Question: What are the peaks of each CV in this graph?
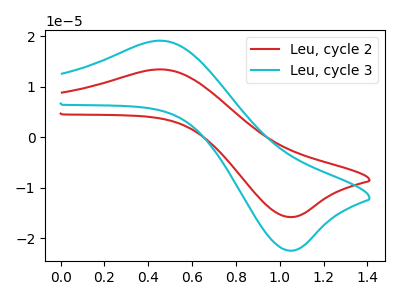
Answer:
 <answer>The red curve "Leu, cycle 2" has an anodic peak at (0.45V, 13.45uA) and a cathodic peak at (1.05V, -15.75uA). The cyan curve "Leu, cycle 3" has an anodic peak at (0.45V, 19.15uA) and a cathodic peak at (1.05V, -22.40uA).</answer>
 <eval></eval>